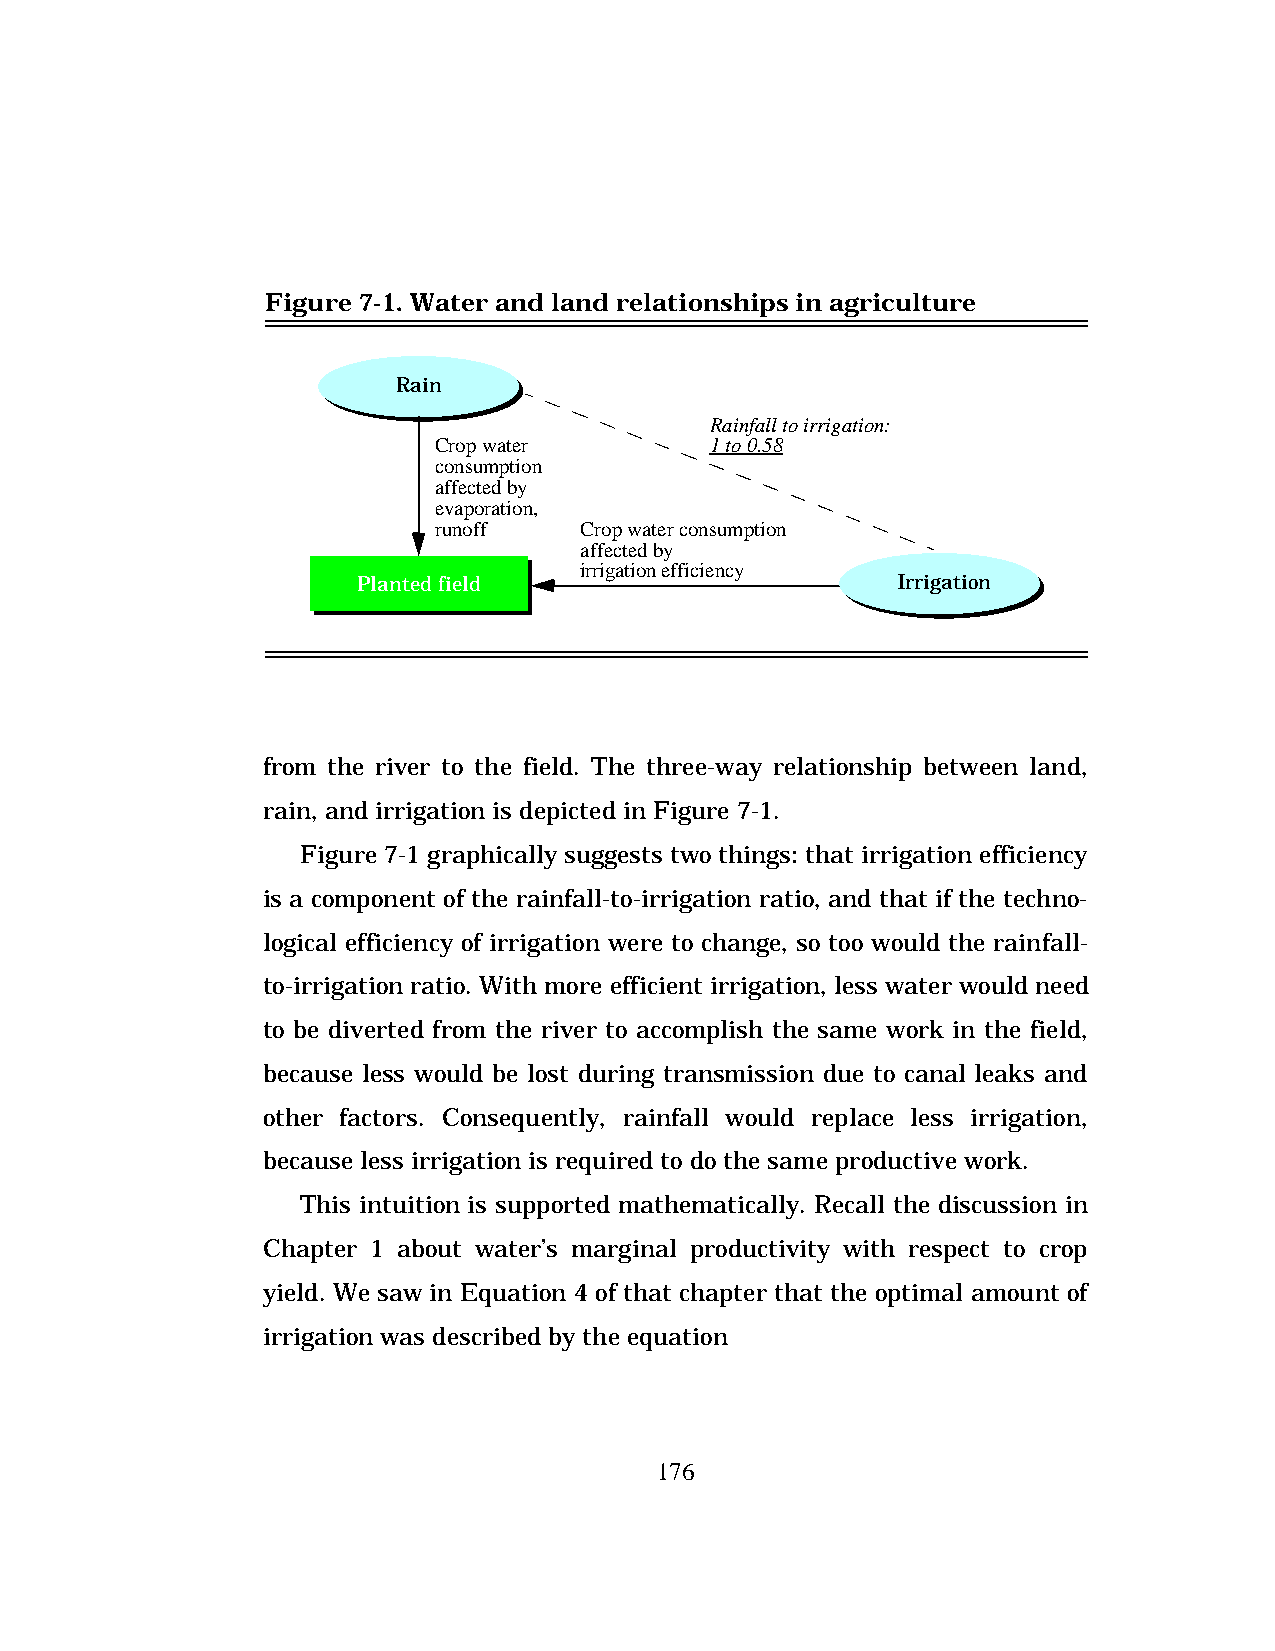
Figure 7-1. Water and land relationships in agriculture
 Rain
 Rainfall to irrigation:
 Crop water        1 to 0.58
 consumption
 affected by
 evaporation,
 runoff   Crop water consumption
 affected by
 irrigation efficiency
 Planted field                      Irrigation
 from the river to the field. The three-way relationship between land,
 rain, and irrigation is depicted in Figure 7-1.
 Figure 7-1 graphically suggests two things: that irrigation efficiency
 is a component of the rainfall-to-irrigation ratio, and that if the techno-
 logical efficiency of irrigation were to change, so too would the rainfall-
 to-irrigation ratio. With more efficient irrigation, less water would need
 to be diverted from the river to accomplish the same work in the field,
 because less would be lost during transmission due to canal leaks and
 other factors. Consequently, rainfall would replace less irrigation,
 because less irrigation is required to do the same productive work.
 This intuition is supported mathematically. Recall the discussion in
 Chapter 1 about water’s marginal productivity with respect to crop
 yield. We saw in Equation 4 of that chapter that the optimal amount of
 irrigation was described by the equation
 176